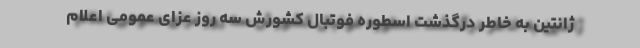
ژانتین به خاطر درگذشت اسطوره فوتبال کشورش سه روز عزای عمومی اعلام